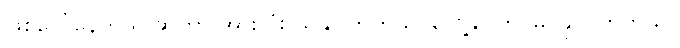
ဖြစ်ပေါ်နေတယ် ဆိုတာ အားလုံး သိနိုင်ကြတယ်၊ တွေ့နိုင်ကြ မြင်နိုင် ကြတယ်။